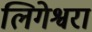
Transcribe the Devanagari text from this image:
लिगेश्वरा